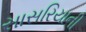
સાસરિયાની